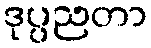
ဒုပ္ပညတာ